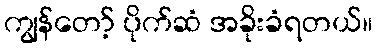
ကျွန်တော့် ပိုက်ဆံ အခိုးခံရတယ်။